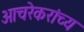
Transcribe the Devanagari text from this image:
आचरेकरांच्य